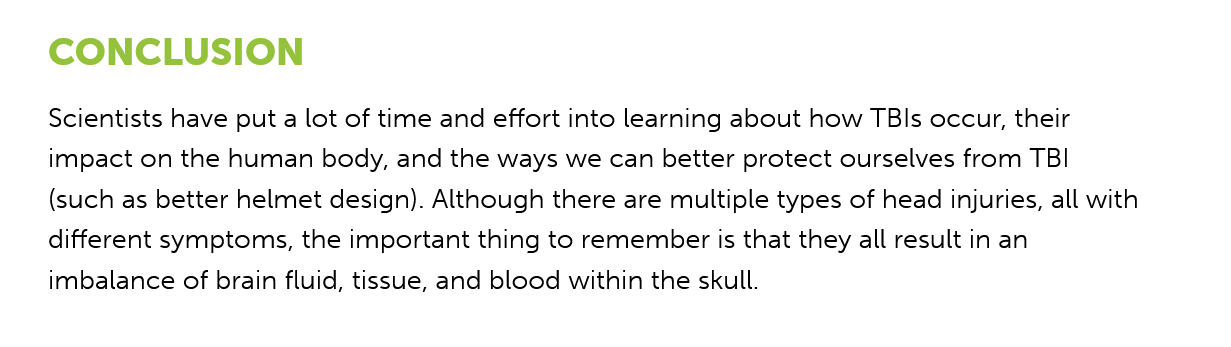
CONCLUSION
    Scientists have put a lot of time and effort into learning about how TBls occur, their
    impact on the human body, and the ways we can better protect ourselves from TBI
    (such as better helmet design). Although there are multiple types of head injuries, all with
    different symptoms, the important thing to remember is that they all result in an
    imbalance of brain fluid, tissue, and blood within the skull.